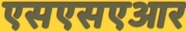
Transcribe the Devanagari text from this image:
एसएसएआर